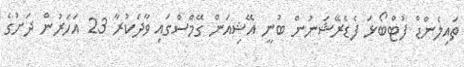
ތައިލެންޑް ފުޓްބޯޅަ ފެޑެރޭޝަނުން ބުނީ އޭޝިއަން ގޭމްސްގައި ވާދަކުރާ 23 އަހަރުން ދަށުގެ